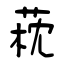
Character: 萙